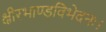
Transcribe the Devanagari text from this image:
क्षीरभाण्डविभेदनः।